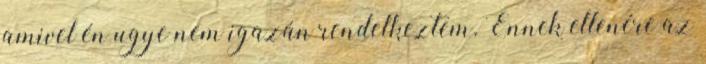
amivel én ugye nem igazán rendelkeztem. Ennek ellenére az